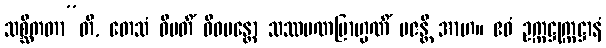
သစ္ဆိကတာ”တိ, တေသံ ဝိမတိံ ဝိဓမန္တော သဿမဏဗြာဟ္မဏိံ ပဇန္တိ အာဟ။ ဧဝံ ဥက္ကဋ္ဌုက္ကဋ္ဌာနံ